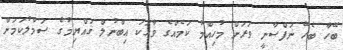
ބޭހާ ބެހޭ ނަފްސާނީ ވަރަށް މުހިއްމު ކަމެއްގެ ވާހަކަ އިބްނުލް ޤައްޔިމުގެ ސަމާލުކަމަށް